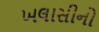
ખલાસીનો